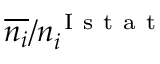
\overline { { n _ { i } } } / n _ { i } ^ { \mathrm { ~ I ~ s ~ t ~ a ~ t ~ } }